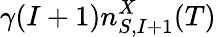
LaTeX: \gamma(I+1)n_{S,I+1}^{X}(T)